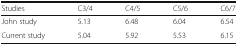
<table><thead><tr><td><b>Studies</b></td><td><b>C3/4</b></td><td><b>C4/5</b></td><td><b>C5/6</b></td><td><b>C6/7</b></td></tr></thead><tbody><tr><td>John study</td><td>5.13</td><td>6.48</td><td>6.04</td><td>6.54</td></tr><tr><td>Current study</td><td>5.04</td><td>5.92</td><td>5.53</td><td>6.15</td></tr></tbody></table>